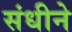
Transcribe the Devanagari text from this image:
संधीने